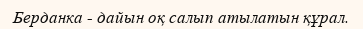
Берданка - дайын оқ салып атылатын құрал.